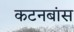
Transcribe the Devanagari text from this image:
कटनबांस